Indian journal of veterinary science and animal husbandry - Volume 7,
Year: 1937
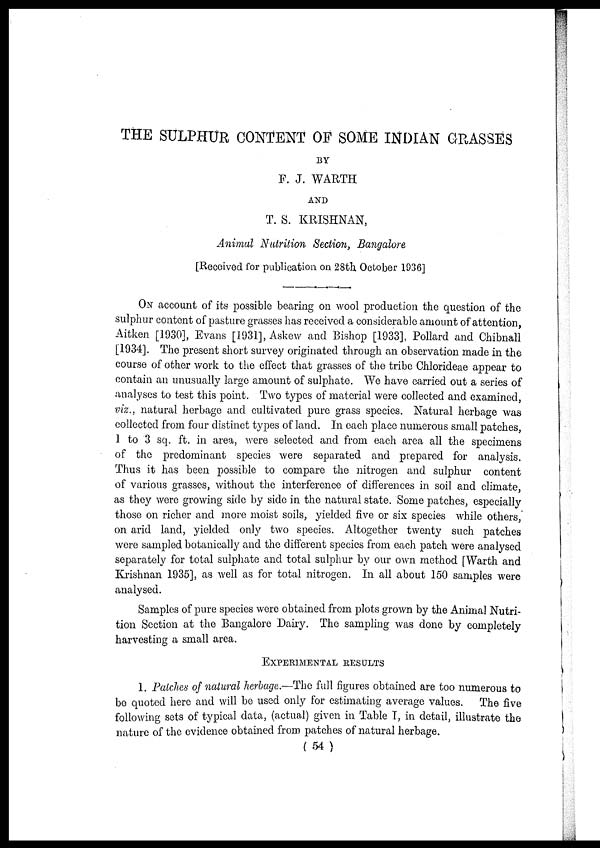
THE SULPHUR CONTENT OF SOME INDIAN GRASSES
BY
F. J. WARTH
AND
T. S. KRISHNAN,
Animal Nutrition Section, Bangalore
[Received for publication on 28th October 1936]
ON account of its possible bearing on wool production the question of the
sulphur content of pasture grasses has received a considerable amount of attention,
Aitken [1930], Evans [1931], Askew and Bishop [1933], Pollard and Chibnall
[1934]. The present short survey originated through an observation made in the
course of other work to the effect that grasses of the tribe Chlorideae appear to
contain an unusually large amount of sulphate. We have carried out a series of
analyses to test this point. Two types of material were collected and examined,
viz., natural herbage and cultivated pure grass species. Natural herbage was
collected from four distinct types of land. In each place numerous small patches,
1 to 3 sq. ft. in area, were selected and from each area all the specimens
of the predominant species were separated and prepared for analysis.
Thus it has been possible to compare the nitrogen and sulphur content
of various grasses, without the interference of differences in soil and climate,
as they were growing side by side in the natural state. Some patches, especially
those on richer and more moist soils, yielded five or six species while others,
on arid land, yielded only two species. Altogether twenty such patches
were sampled botanically and the different species from each patch were analysed
separately for total sulphate and total sulphur by our own method [Warth and
Krishnan 1935], as well as for total nitrogen. In all about 150 samples were
analysed.
Samples of pure species were obtained from plots grown by the Animal Nutri-
tion Section at the Bangalore Dairy. The sampling was done by completely
harvesting a small area.
EXPERIMENTAL RESULTS
1. Patches of natural herbage.—The full figures obtained are too numerous to
be quoted here and will be used only for estimating average values. The five
following sets of typical data, (actual) given in Table I, in detail, illustrate the
nature of the evidence obtained from patches of natural herbage.
( 54 )